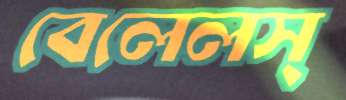
বেলেলস্